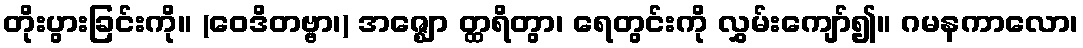
တိုးပွားခြင်းကို။ (ဝေဒိတဗ္ဗာ၊) အဇ္ဈော တ္ထရိတွာ၊ ရေတွင်းကို လွှမ်းကျော်၍။ ဂမနကာလော၊